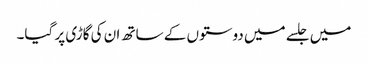
میں جلسے میں دوستوں کے ساتھ ان کی گاڑی پر گیا۔